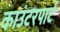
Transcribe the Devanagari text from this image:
काउंटरपार्ट